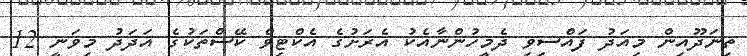
ތިނަދޫއިން މިއަދު ފައްސިވި ދެމީހުންނާއެކު އެރަށުގެ އެކްޓިވް ކޭސްތަކުގެ އަދަދު މިވަނީ 12